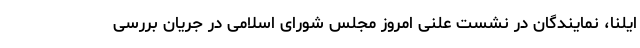
ایلنا، نمایندگان در نشست علنی امروز مجلس شورای اسلامی در جریان بررسی